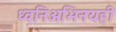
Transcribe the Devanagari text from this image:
ध्वनिअभिनयही